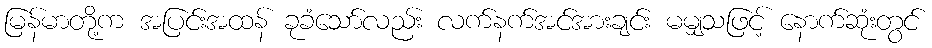
မြန်မာတို့က အပြင်းအထန် ခုခံသော်လည်း လက်နက်အင်အားချင်း မမျှသဖြင့် နောက်ဆုံးတွင်